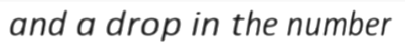
and a drop in the number